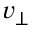
v _ { \perp }